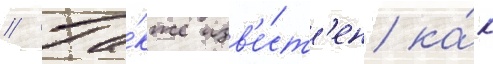
// Та́кже изв'е́ст'ен ка́к